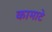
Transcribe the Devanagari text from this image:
कामाटे